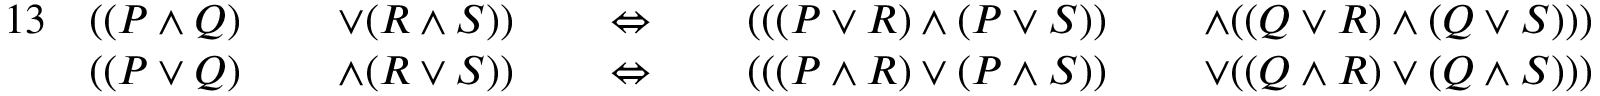
{ \begin{array} { r l r l r l r l r l r l } { { 1 3 } } & { ( ( P \land Q ) } & & { \; \lor ( R \land S ) ) } & & { \; \Leftrightarrow \; } & & { ( ( ( P \lor R ) \land ( P \lor S ) ) } & & { \; \land ( ( Q \lor R ) \land ( Q \lor S ) ) ) } & & { } \\ & { ( ( P \lor Q ) } & & { \; \land ( R \lor S ) ) } & & { \; \Leftrightarrow \; } & & { ( ( ( P \land R ) \lor ( P \land S ) ) } & & { \; \lor ( ( Q \land R ) \lor ( Q \land S ) ) ) } & & { } \end{array} }